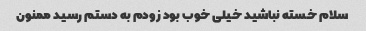
سلام خسته نباشید خیلی خوب بود زودم به دستم رسید ممنون